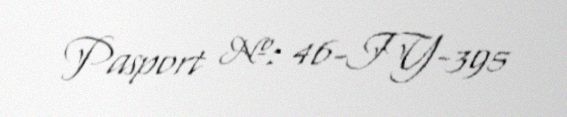
Pasport №: 46-IY-395